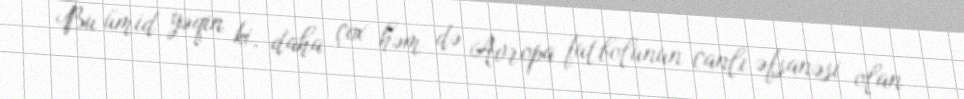
Bu ümid yəqin ki, daha çox həm də Avropa futbolunun canlı əfsanəsi olan